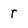
Character: r